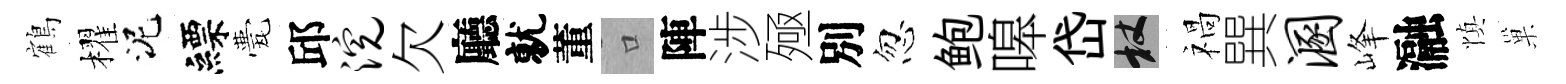
鶴櫂泥縹甍邱浣欠廳就董口陣涉殛別忽鲍嗥岱杖禍巽溷峰瀜慎巢